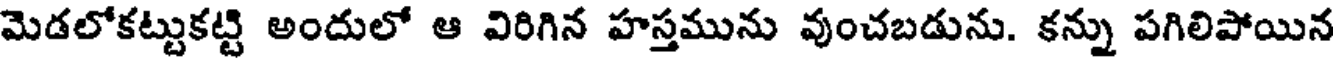
మెడలోకట్టుకట్టి అందులో ఆ విరిగిన హస్తమును వుంచబడును. కన్ను పగిలిపోయిన